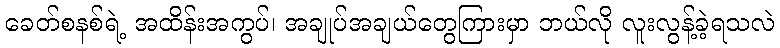
ခေတ်စနစ်ရဲ့ အထိန်းအကွပ်၊ အချုပ်အချယ်တွေကြားမှာ ဘယ်လို လူးလွန့်ခဲ့ရသလဲ